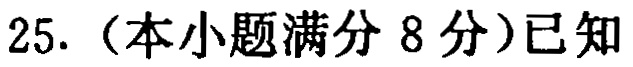
25.（本小题满分 8 分）已知